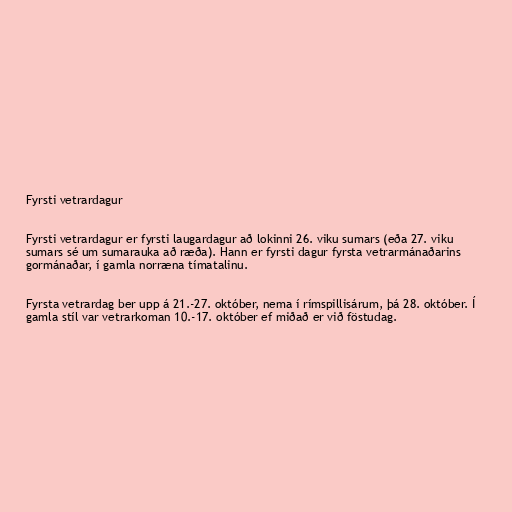
Fyrsti vetrardagur

Fyrsti vetrardagur er fyrsti laugardagur að lokinni 26. viku sumars (eða 27. viku
sumars sé um sumarauka að ræða). Hann er fyrsti dagur fyrsta vetrarmánaðarins
gormánaðar, í gamla norræna tímatalinu.

Fyrsta vetrardag ber upp á 21.-27. október, nema í rímspillisárum, þá 28. október. Í
gamla stíl var vetrarkoman 10.-17. október ef miðað er við föstudag.